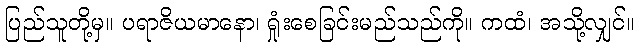
ပြည်သူတို့မှ။ ပရာဇိယမာနော၊ ရှုံးစေခြင်းမည်သည်ကို။ ကထံ၊ အသို့လျှင်။